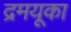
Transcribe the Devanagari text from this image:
द्रमयूका